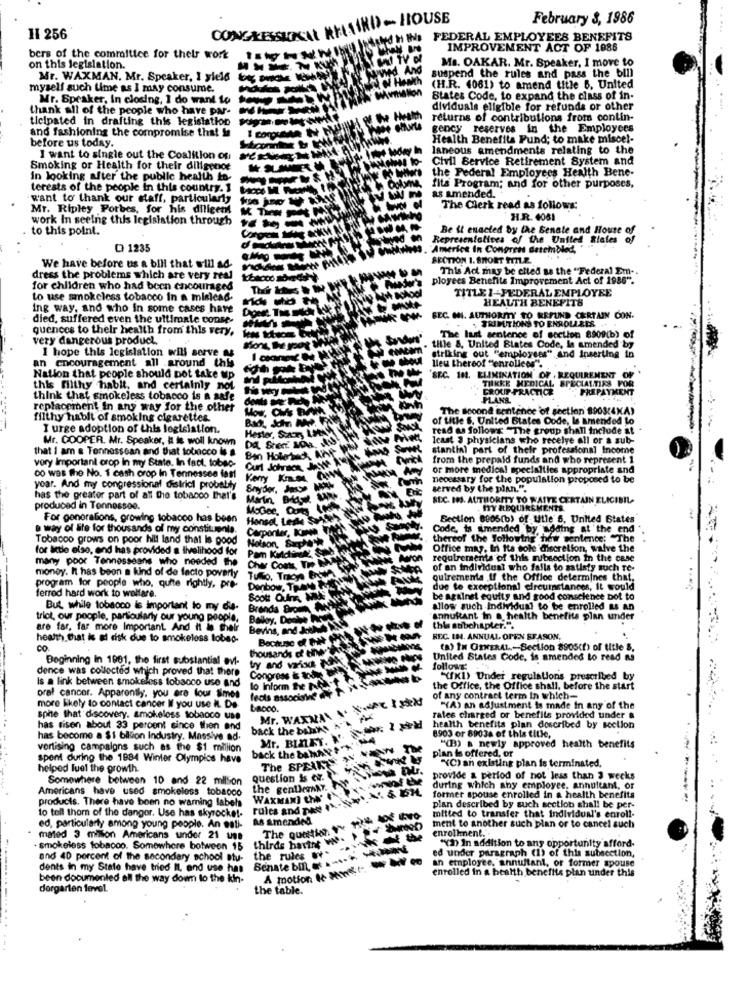
- HOUSE
February 8, 1986
.....
HI 256
CONGRESSUNA
FEDERAL EMPLOYEES BENEFITS
IMPROVEMENT ACT OF 1086
bers of the committee for their work
Ms. OAKAR. Mr. Speaker, I move to
on this legislation.
Mr. WAXMAN, Mr. Speaker, I yield boy
suspend the rules and pass the bill
myself such time as I may consume.
(H.R. 4061) to amend title 6. United
Mr. Speaker, In closing, 1 do want to
States Code, to expand the class of in-
thank all of the people who have par-
dividuals eligible for refunds or other
ticipated in drafting this legislation
returns of contributions from contin-
and fashioning the compromise that is
gency reserves in the Employees
1
Health Benefits Pund; to make miscel-
before us today.
laneous amendments relating to the
I want to single out the Coalition of
Civil Service Retirement System and
Smoking or Health for their diligence
the Federal Employees Health Bene-
in looking after the public health to-
terests of the people in this country. 1
fits Program; and for other purposes,
as amended.
want to thank our staff, particularly
Mr. Ripley Porbes, for his diligen
The Clerk read as follows:
work In seeing this legislation through
H.R. 4051
to this point.
Be it enacted by the Senate and House of
Representatives of the United States
D 1235
"America In Congress Batembled, "
SECTION 1. SHORT FITL.2.
We have before us a bill that will ad-
This Act may be elted as the "Federal Em -.
dress the problems which are very real
ployees Benefits Improvement Act of 1986".
for children who had been encouraged
TITLE 1-FEDERAL EMPLOYEE
to use smokeless tobacco in a mislead.
HEALTH BENEFITS
ing way, and who in some cases have
died, suffered even the ultimate conse-
BEC. MI. AUTHORITY TO REFUND CERTAIN CON.
TRIPUITIONS TO ENROLLRES
quences to thelr health from this very.
very dangerous product.
The last sentence of section 8909(b) of
I hope this legislation will serve as
tille &, United Blates Code, le amended by
an encouragement all around this
striking out "employees" and Inserting in
Lieu thereof "enrolleos".
Nation that people should not take up
'SEC. 101. ELIMINATION OF , REQUIREMENT OF
THIKKE MEDICAL SPECIALTIES FOR
this filthy habit, and certainly not
GROUP -PRACTICE
PREPAYMENT
think that smokeless tobacco is a safe
PLANE
replacement In any way for the other
How, CHE BAWA
The second sentence of section 8908:4XA)
filthy hablt of smoking cigarettes.
of title S. United States Code, la amended Lo
I urge adoption of this legislation.
Hester, Sutry LatAM
read as follows "The group shall include at
Mr. COOPER. Mr. Speaker, & is woll known
Icast 3 physicians who recelye all or a sub-
that I am a Tennessean and that tobacco le
stantial part of their professional Income
very Important orop in my State. In fact. tobeo-
from the prepaid funds and who represent 1
or more medical specialties appropriate and
CO Was The No. 1 cash crop In Tennessee fast
Kerry Know how
necessary for the population proposed to be
year. And my congressional district probably
served by the plan.".
has the greater part of all the tobacco that's
SEC. IN3. AUTHORITY TO WAIVE CERTAIN ELICIBIL-
produced in Tennessee.
. MY REQUIREMENTS.
For generations, growing tobacco has been
Hansel, Ledte SoAle
Bection 8905(b) of Utle 5, United States
away of life for thousands of my constituenta.
Carpenter, KIND. TA
Code, ts amended by adding at the end
Tobacco grows on poor hill land that Is good
Nelson, Sarphan
thereof the following hew sentence: "The
for actle else, end has provided a livelihood for
Office mag, In ita sole discretion, walve the
many poor Tennesseans who needed the
Cher Coats, TH HAN
requirements of this mibsection In the case
money. It has been a kind of de facto poverty
Tullio, Tracye Erste
of an individual who fails to satisfy such Te-
quirements ,if the Office determines that.
program for people who, quite rightly, pro.
Denbow, THOM W. YO
due to exceptional circumstances, It would
ferred hard work to welfare.
Scott Oufre NA
be against equity and good conscience bot to
But while tobacco is important to my dis-
Brenda Brown ANCY
allow such Individual to be enrolled &$ An
triot, our people, particularly our young people,
Baloy, Deale Mot
annultant In a. health benefits plan under
are far, far more Important And it in their
Bevinis, and JoUNA AN
this stibchapter.".
health that is al risk due to smokeless tobag-
Because of Bet CH
REC. IN4. ANNUAL OPEN SEASON.
CO
thousands e ww Wwde
(a) IN GENERAL-Section 8905cf) of title 5,
Beginning In 1981, the first substantial avl-
try and variad NUNK
United States Code, is amended Lo read as
dence was collected which proved that there
Congress & tode
follows:
Is a link between smokeless tobacco use and
lo inform the nest
"(KI) Under regulations prescribed by
oral cancer. Apparently, you are four simes
the Office, the Office shall, before the start
lects associate
of any contract term in which=
more likely to contact cancer If you use IL. De
bacco.
"(A) an adjustment is made in any of the
spite that discovery. smokeless tobacco use
Mr. WAXMAN .
rates charged or benefits provided under &
has risen about 33 percent since then and
back the bone's "
health benefits plan described by section
has become a $1 bilion Industry. Massive ad-
Mr. BINAY. N
8903 or 8903a of this title.
vertising campaigns such as the $1 million
back the bahat ?""
The
"(B) a newly approved health benefits
spent during the 1984 Winter Olympics have
The SPEAK
plan is offered, or
XC) an existing plan is terminated,
helped fuel the growth.
Somewhere between 10 and 22 milSon
question is e.
provide & period of hot less than 3 weeks
Americans have used smokeless tobacco
rules and The 1. 487
during which shy employee, annultant, or
products. There have been no warning labels
WAXMANI CAN'
former spouse enrolled in a health benefits
plan described by such section shall be per-
to tell thom of the danger. Use has skyrocke !-
as amended
The question " withoutve
mitted to transfer that individual's enroll-
ed, particularly among young people. An esti-
ment to another such plan or to cancel such
enrollment."
mated 3 million Americans under 21 uns
thirds hartnt V.
smokeless tobacco. Somewhere botween 15
the rules W .
Benate DI ----- --
ed under paragraph (1) of this subsection,
"Yn) In addition to any opportunity afford-
and 40 percent of the secondary school atu-
an employee, annultant, or former spouse
dents in my State have tried IL end use has
A motion le Mwst
enrolled in a health benefits plan under this
been documented all the way doum to the kin-
dorgarten level
the table.